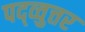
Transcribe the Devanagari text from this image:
पद्व्वुत्तर